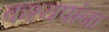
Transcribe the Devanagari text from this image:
कश्यपांना